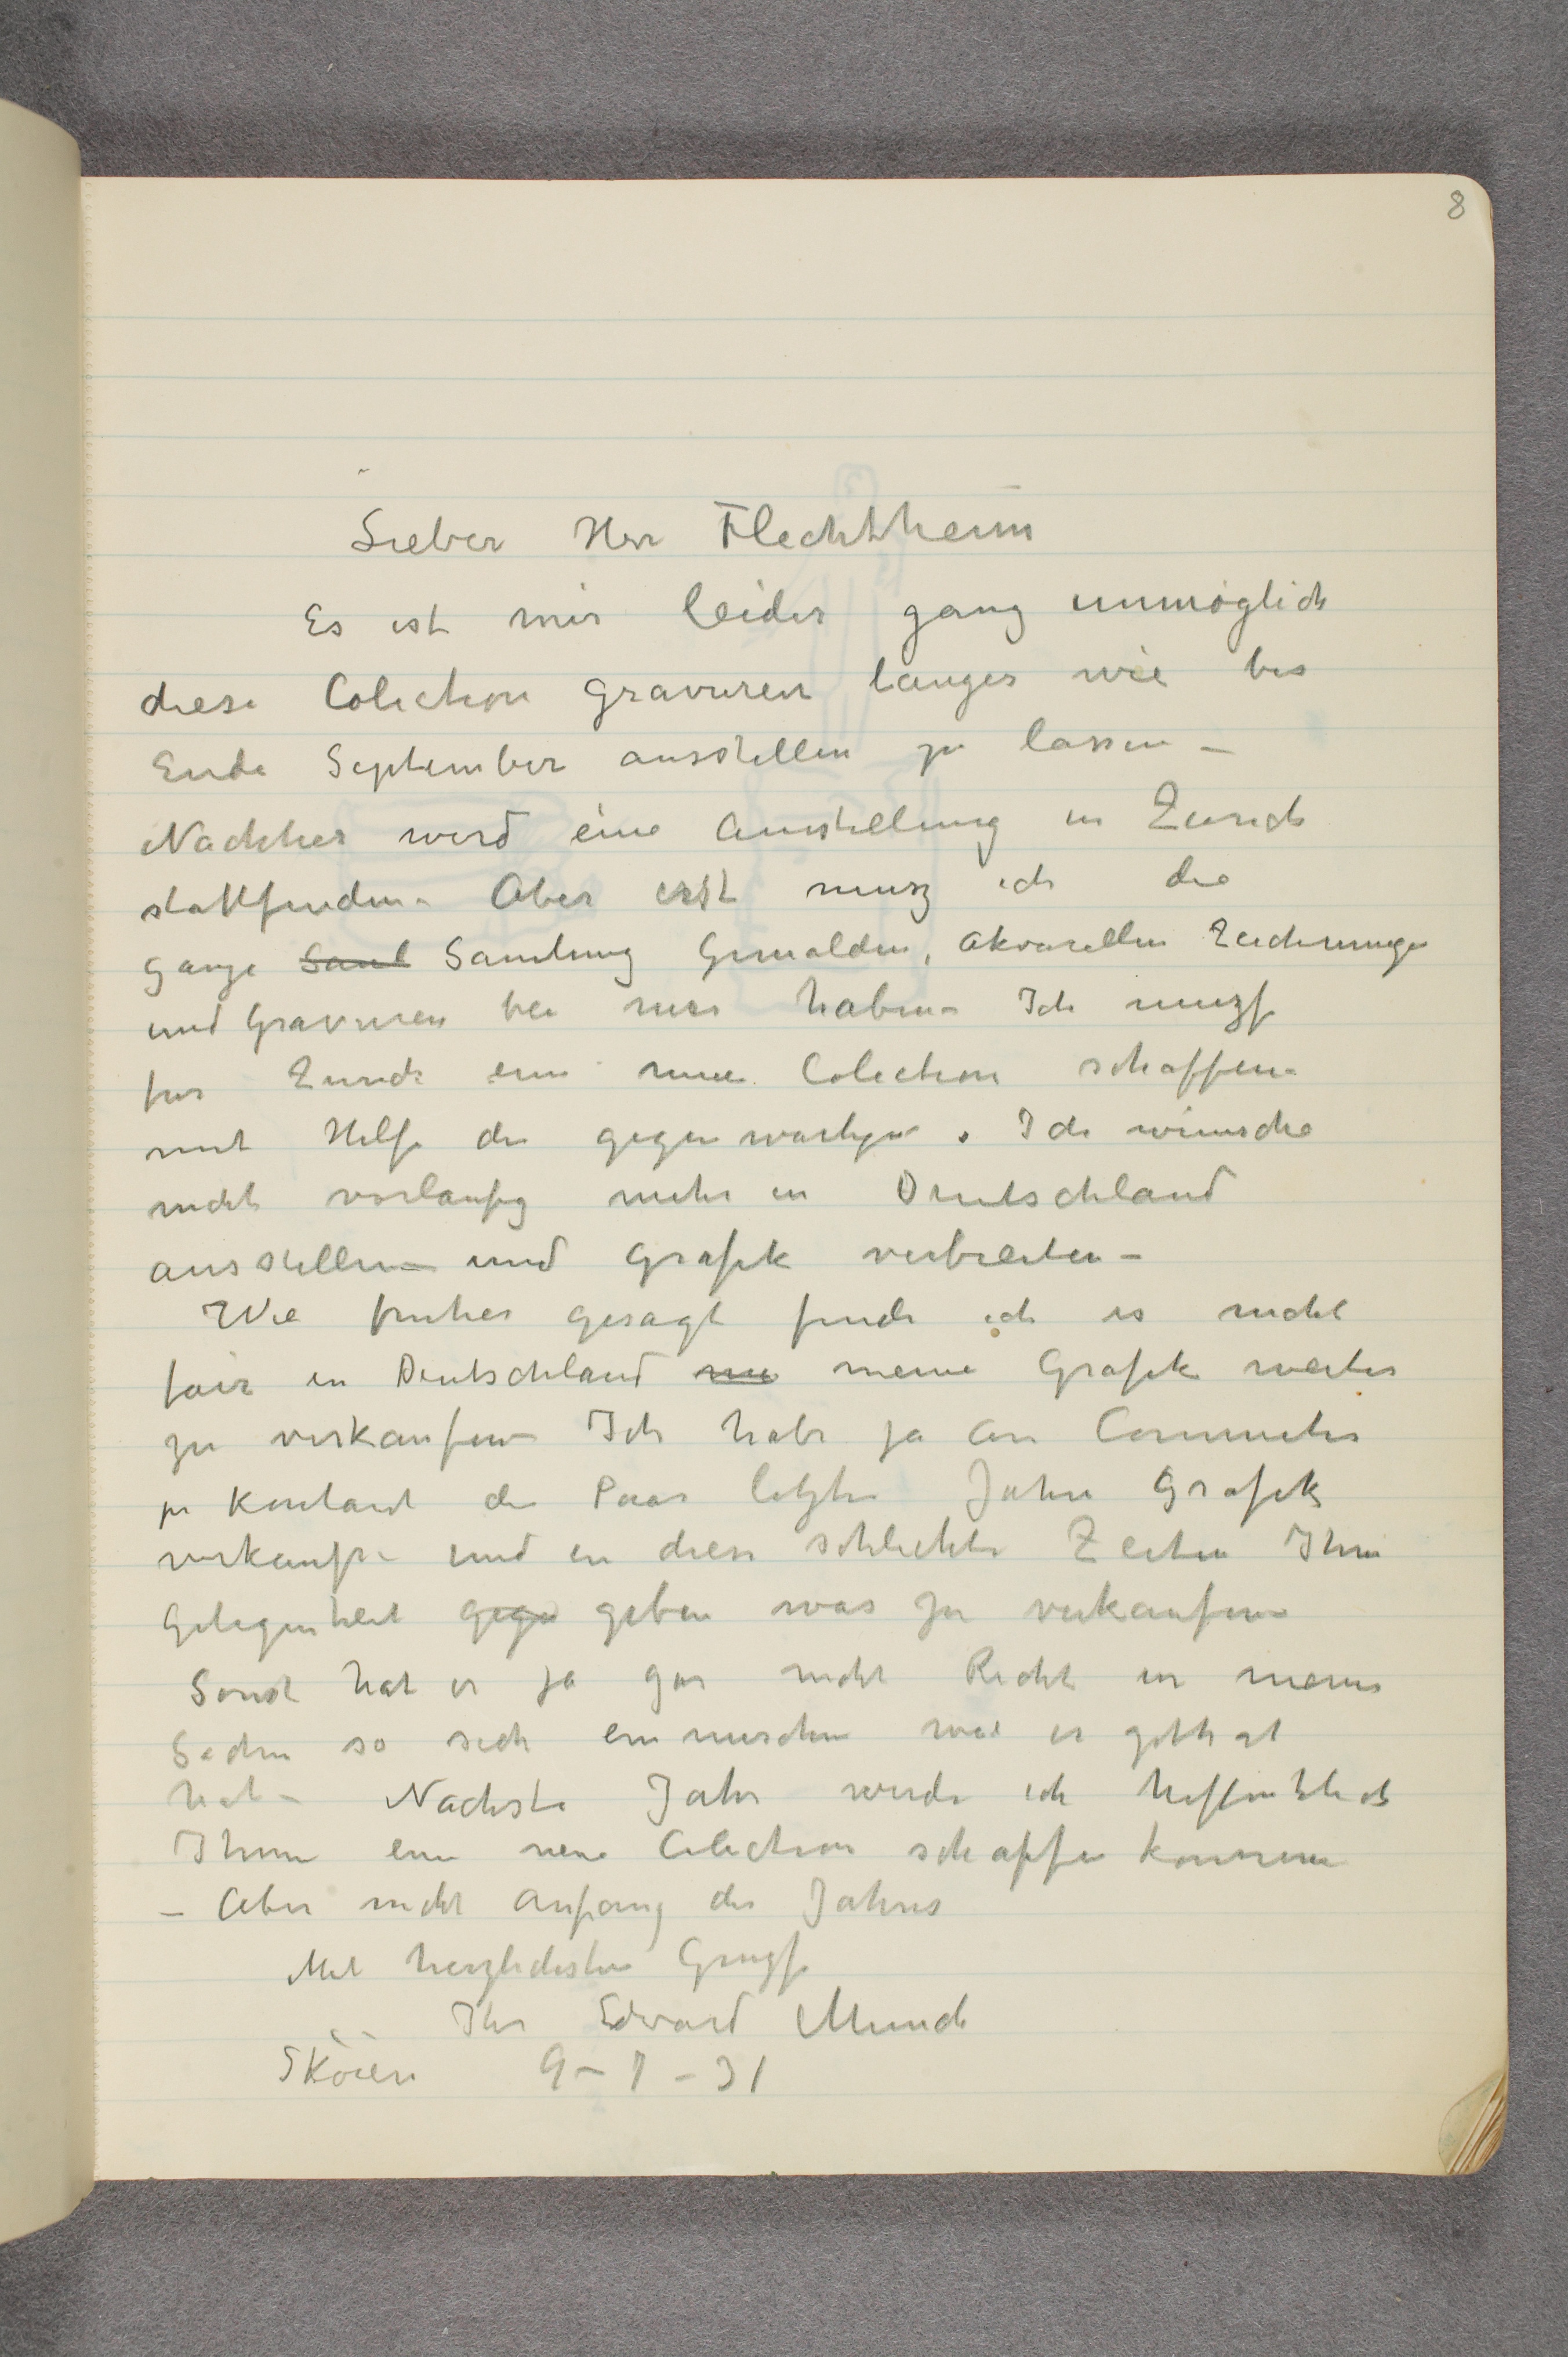
Lieber Hrr Flechtheim
Es ist mir leider ganz unmöglich
diese Colection Gravüren langes wie bis
Ende September ausstellen zu lassen –
Nachher wird eine Ausstellung in Zurich
stattfinden. Aber erst musz ich die
ganze Sanl Samlung Gemalden, Akvarellen Zeichnunge
und Gravuren bei mir haben – Ich muzs
fur Zurich eine neue Colection schaffen –
mit Hilfe der gegenwartige Ich wünsche
nicht vorlaufig mehr in Deutschland
ausstellen – und Grafik verbreiten –
Wie fruher gesagt finde ich es nicht
fair in Deutschland mi meine Grafik weiter
zu verkaufen – Ich habe ja an Commeter
pr Kontant der Paar letzte Jahre grafik
verkaufen – und in diese schlechte Zeiten Ihm
Gelegenheit gegen geben was zu verkaufen –
Sonst hat er ja gar nicht Recht in meine
Sachen so sich einmischen wie er gethat
hat – Nachste Jahr werde ich hoffentlich
Ihnen ein neue Colection schaffe konnen
– Aber nicht anfang der Jahres
Mit herzlichsten Gruzse
Ihr Edvard Munch
Skøien 9-7-31